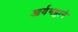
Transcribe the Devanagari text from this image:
आर्यभट्टाने